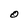
Character: O